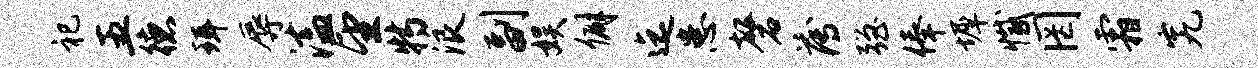
祀五德珥辱溘望特浪副娱僻迄患磬薄强俸墀撼罔霜究